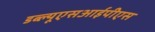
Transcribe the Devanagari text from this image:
डब्ल्यूएसआईपीएस